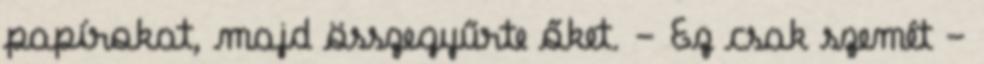
papírokat, majd összegyűrte őket. - Ez csak szemét -